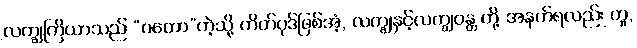
လက္ချကြိယာသည် “ဂတော”ကဲ့သို့ ကိတ်ပုဒ်ဖြစ်အံ့, လက္ချနှင့်လက္ချဝန္တ တို့ အနက်ရလည်း တူ,